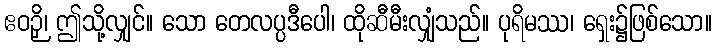
ဧဝဉှိ၊ ဤသို့လျှင်။ သော တေလပ္ပဒီပေါ၊ ထိုဆီမီးလျှံသည်။ ပုရိမဿ၊ ရှေး၌ဖြစ်သော။